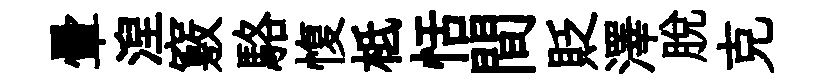
暈湼竅駱愎柢恬間貶澤脫克